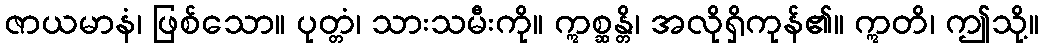
ဇာယမာနံ၊ ဖြစ်သော။ ပုတ္တံ၊ သားသမီးကို။ ဣစ္ဆန္တိ၊ အလိုရှိကုန်၏။ ဣတိ၊ ဤသို့။